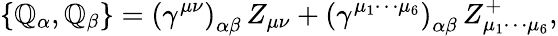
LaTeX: \left\{ \mathbb{Q}_{\alpha},\mathbb{Q}_{\beta}\right\} =\left(\gamma^{\mu\nu}\right)_{\alpha\beta}\, Z_{\mu\nu}+\left(\gamma^{\mu_{1}\cdots\mu_{6}}\right)_{\alpha\beta}\, Z_{\mu_{1}\cdots\mu_{6}}^{+},